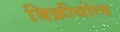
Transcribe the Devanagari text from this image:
बिक्रीयोग्य